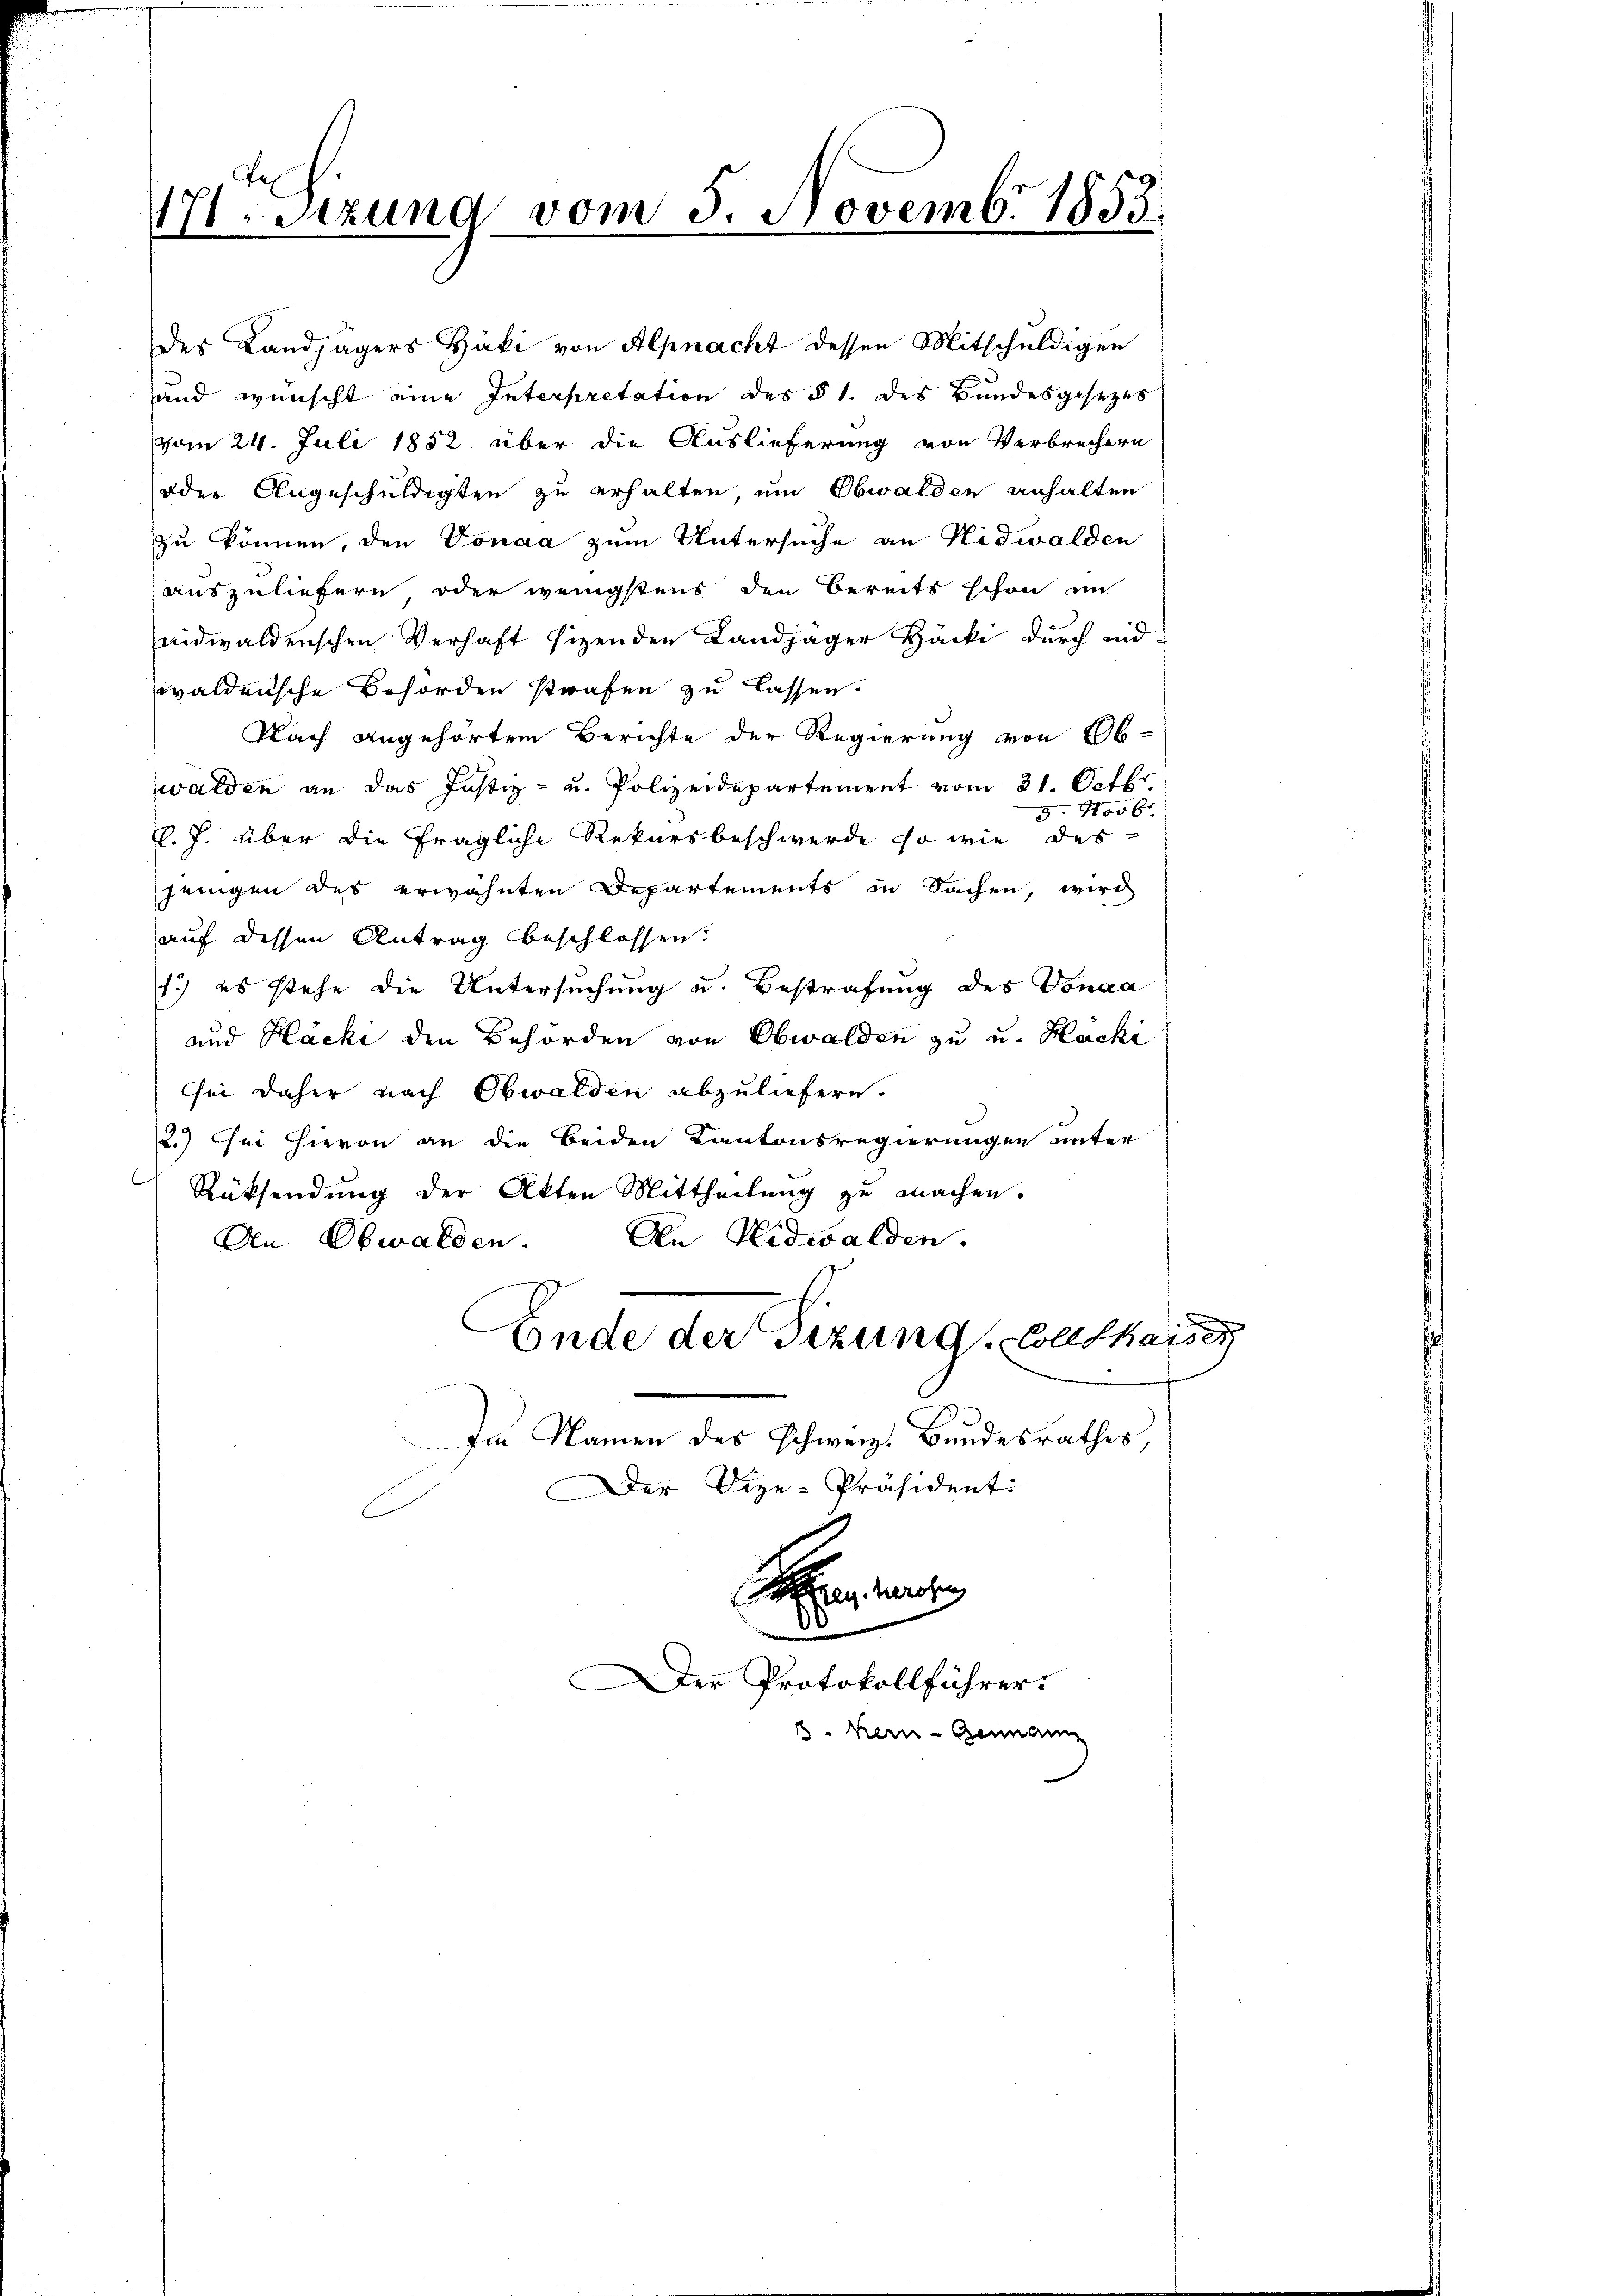
17. Sitzung vom 5. Novembr 1853.

der Landjägers Häki von Alpnacht dessen Mitschuldigen
und wünscht eine Interpretation des § 1. des Bundesgesezes
vom 24. Juli 1852 über die Auslieferung von Verbrechern
oder Angeschuldigten zu erhalten, um Obwalden anhalten
zu können, den Vonaa zum Untersuche an Nidwalden
auszuliefern oder wenigstens den Bereits schon au
midwaldenschen Verhaft sizenden Landjäger Häcki durch eid-
waldensche Behörden strafen zu lassen.
Nach angehörtem Berichte der Regierung von Ob-
walden an das Justiz- u. Polizeidepartement vom 21. Octbr.
3. Novbr.
C. J. über die fragliche Rekursbeschwerde so wie des
jenigen des erwähnten Departements in Sachen, wird
auf dessen Antrag beschlossen:
1.) es stehe die Untersuchung und Bestrafung des Vonaa
und Häcki den Behörden von Obwalden zu u. Hacki
sei daher nach Obwalden abzuliefern.
.) sei hievon an die beiden Kantonsregierungen unter
Rüksendung der Akten Mittheilung zu machen.
An Nidwalden.
An Obwalden.
Ende der Sizung, Wolfhaise
Im Namen des Schweiz. Bundesrathes,
Der Vize-Präsidenti
e hohen

Der Protokollführer

kern - Genann